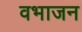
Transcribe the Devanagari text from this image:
वभाजन